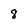
Character: 8